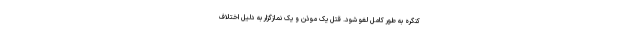
کنگره به طور کامل لغو شود. قتل یک موذن و یک نمازگزار به دلیل اختلاف